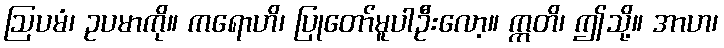
ဩပမံ၊ ဥပမာကို။ ကရောဟိ၊ ပြုတော်မူပါဦးလော့။ ဣတိ၊ ဤသို့။ အာဟ၊